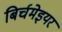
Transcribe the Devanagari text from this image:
बिर्चमेइयर